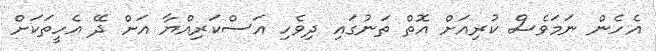
އެހެން ނަމަވެސް ކުރިއަށް އޮތް ތަނުގައި ދިވެހި އަސްކަރިއްޔާ އަށް ދޭ އެހީތަކަށް